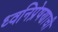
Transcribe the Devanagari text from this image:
ध्वनिप्रेषणाची